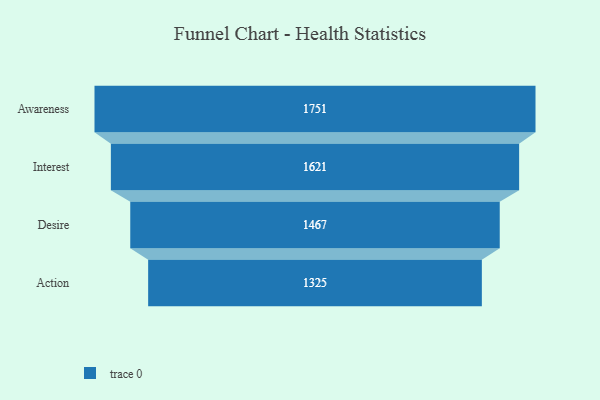
{"axis": {"x": "Stage", "y": "Value"}, "legend": [""], "data": [{"x": "Awareness", "y": 1751.0, "type": ""}, {"x": "Interest", "y": 1621.0, "type": ""}, {"x": "Desire", "y": 1467.0, "type": ""}, {"x": "Action", "y": 1325.0, "type": ""}]}